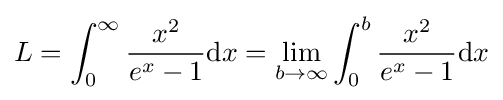
L=\int _{0}^{\infty }{\frac {x^{2}}{e^{x}-1}}\mathrm {d} x=\lim _{b\to \infty }\int _{0}^{b}{\frac {x^{2}}{e^{x}-1}}\mathrm {d} x